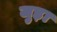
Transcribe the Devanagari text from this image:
जुड़़ा